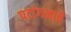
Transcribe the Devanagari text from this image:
पटांगनाचे